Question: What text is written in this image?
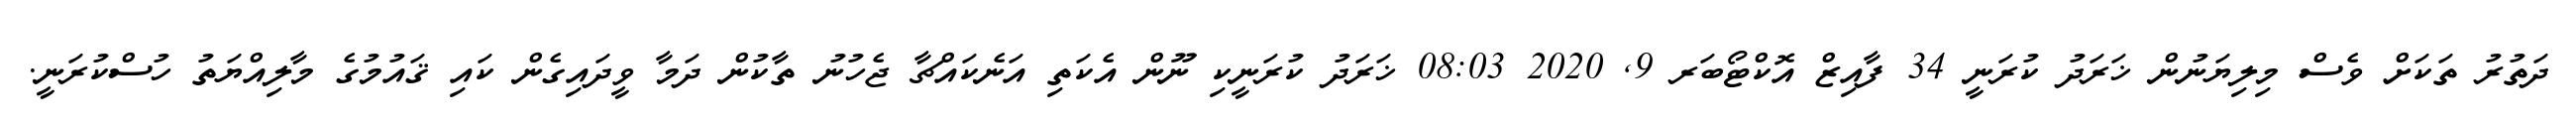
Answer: ދަތުރު ތަކަށް ވެސް މިލިޔަނުން ޚަރަދު ކުރަނީ 34 ފާއިޒް އޮކްޓޯބަރ 9, 2020 08:03 ޚަރަދު ކުރަނީކި ނޫން އެކަތި އަނެކައްޗާ ޖެހުނު ތާކުން ދަމާ ވީދައިގެން ކައި ޤައުމުގެ މާލިއްޔަތު ހުސްކުރަނީ.